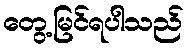
တွေ့မြင်ရပါသည်